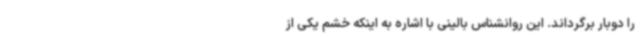
را دوبار برگرداند. این روانشناس بالینی با اشاره به اینکه خشم یکی از